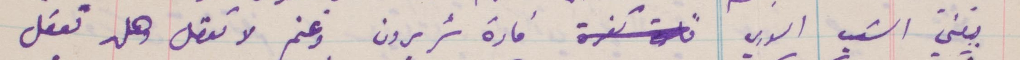
يبني الشعب السوري قادة شريرون وغنم لا تعقل وهل تعقل